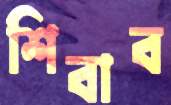
শিবাব